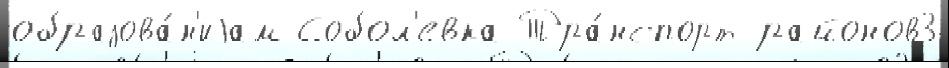
образова́н'иjам Собол'евка Тра́нспорт районов3